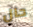
حال